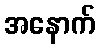
အနောက်